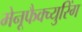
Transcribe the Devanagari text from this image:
मेनूफैक्च्युरिंग